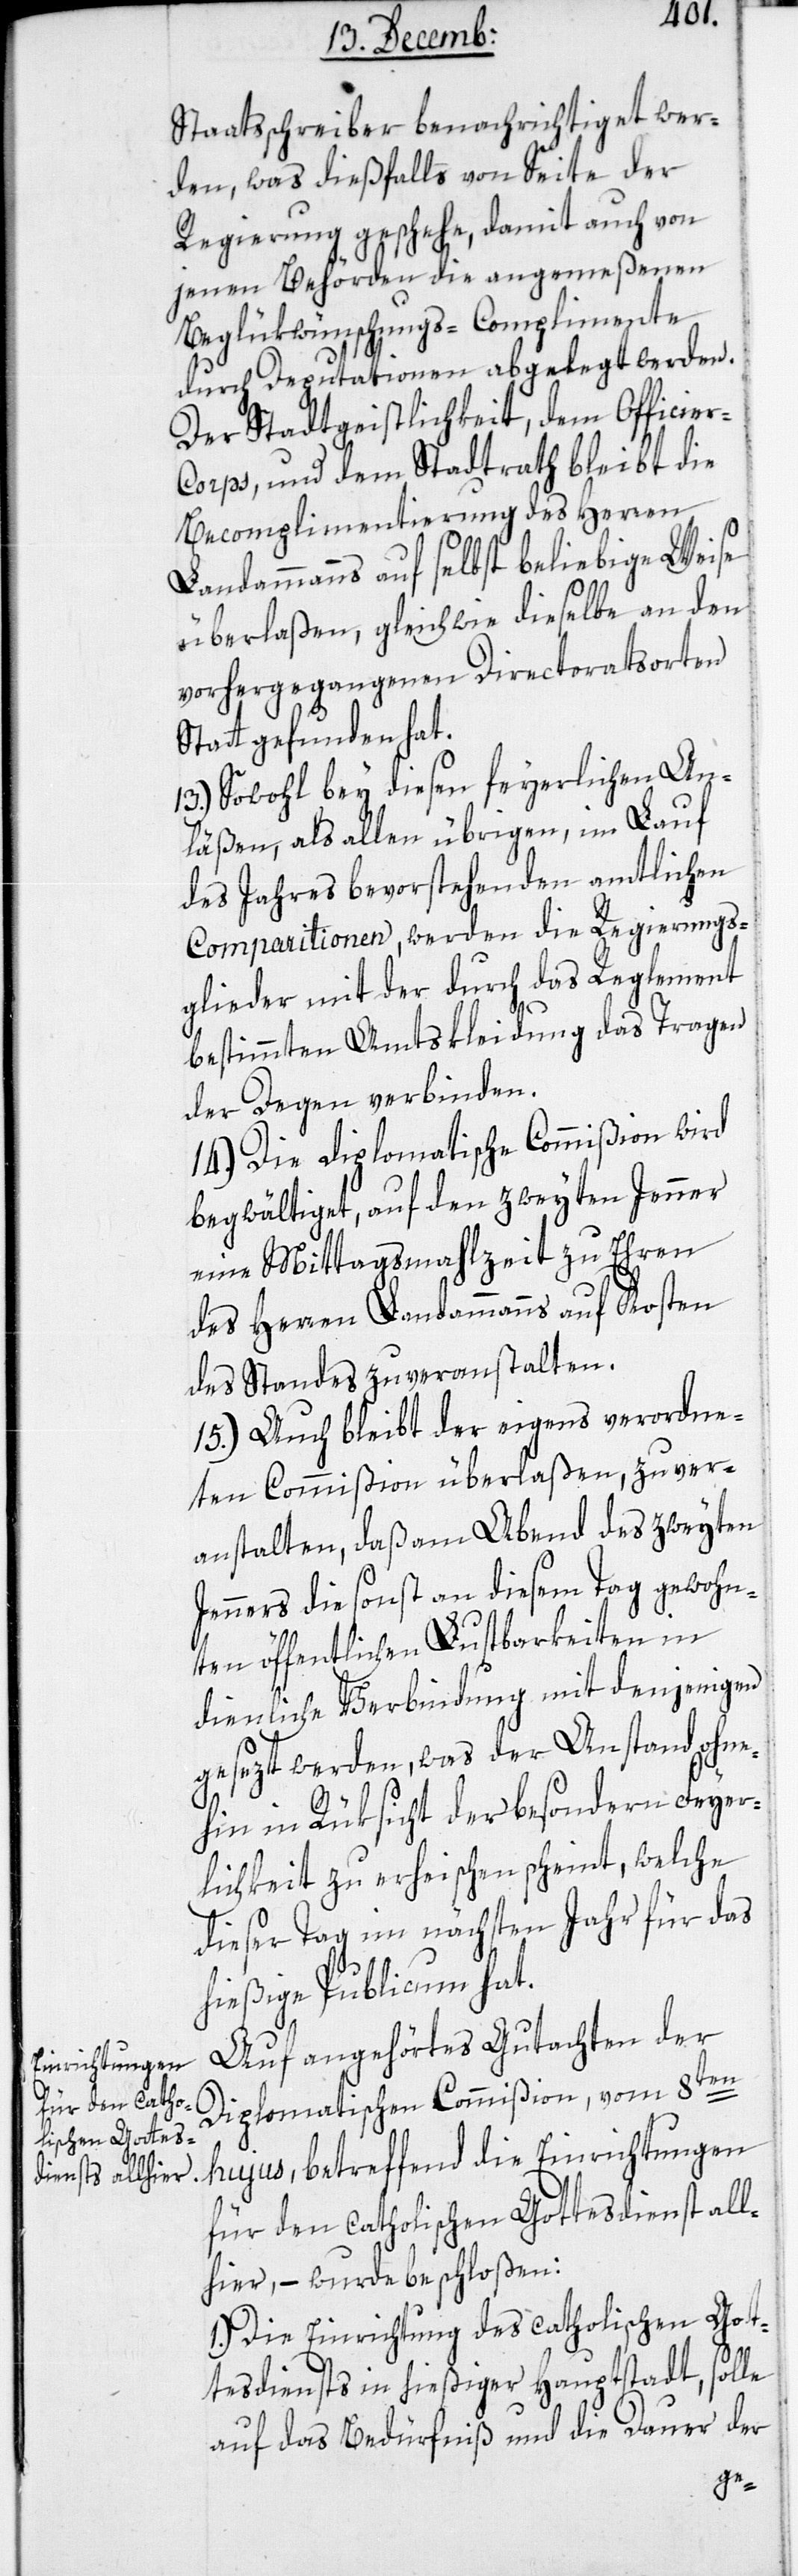
Staatsschreiber benachrichtiget wer¬
den, was dießfalls von Seite der
Regierung geschehe, damit auch von
jenen Behörden die angemeßenen
Beglükwünschungs-Complimente
durch Deputationen abgelegt werden.
Der Stadtgeistlichkeit, dem Officie¬
r-Corps und dem Stadtrath bleibt die
Becomplimentierung des Herren
Landammanns auf selbst beliebige Weise
überlaßen, gleichwie dieselbe an den
vorhergegangenen Direcoratsorten
Statt gefunden hat.
13.) Sowohl bey diesen feyerlichen An¬
läßen, als allen übrigen im Lauf
des Jahres bevorstehenden amtlichen
Comparitionen, werden die Regierungs¬
glieder mit der durch das Reglement
bestimmten Amtskleidung das Tragen
der Degen verbinden.
14.) Die Diplomatische Commißion wird
begwältiget, auf den zweyten Jenner
eine Mittagsmahlzeit zu Ehren
des Herren Landammanns auf Kosten
des Standes zu veranstalten.
15.) Auch bleibt der eigens verordne¬
ten Commißion überlaßen, zu ver¬
anstalten, daß am Abend des zweyten
Jenners die sonst an diesem Tag gewohn¬
ten öffentlichen Lustbarkeiten in
dienliche Verbindung mit denjenigen
gesezt werden, was der Anstand ohne¬
hin in Rüksicht der besondern Feyer¬
lichkeit zu erheischen scheint, welche
dieser Tag im nächsten Jahr für das
hießige Publicum hat.
Auf angehörtes Gutachten der
en
diplomatischen Commißion vom 8t¬
hujus, betreffend die Einrichtungen
für den Catholischen Gottesdienst all¬
hier, – wurde beschloßen:
1.) Die Einrichtung des catholischen Got¬
tesdiensts in hießiger Hauptstadt, solle
auf das Bedürfniß und die Dauer der